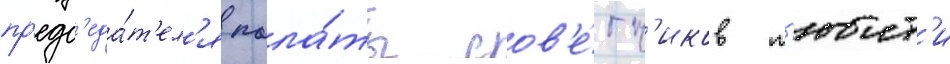
пр'едс'еда́т'ел'я пала́ты сов'е́тн'иков т'юит'и